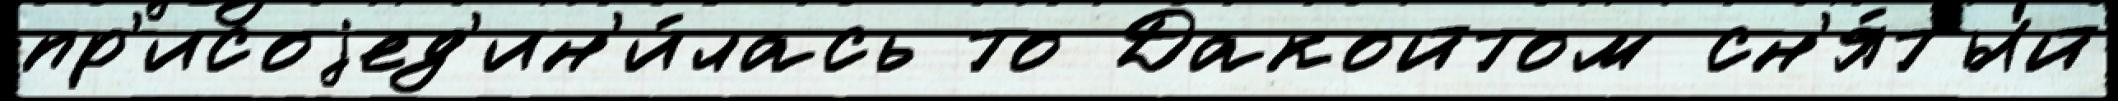
пр'исоjед'ин'и́лась то Дакойтом сн'я́тый